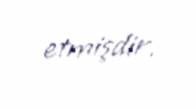
etmişdir.